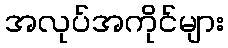
အလုပ်အကိုင်များ